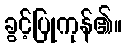
ခွင့်ပြုကုန်၏။